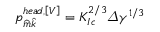
p _ { \widehat { m } \widehat { k } } ^ { h e a d , \left[ V \right] } = K _ { I c } ^ { 2 / 3 } \varDelta \gamma ^ { 1 / 3 }